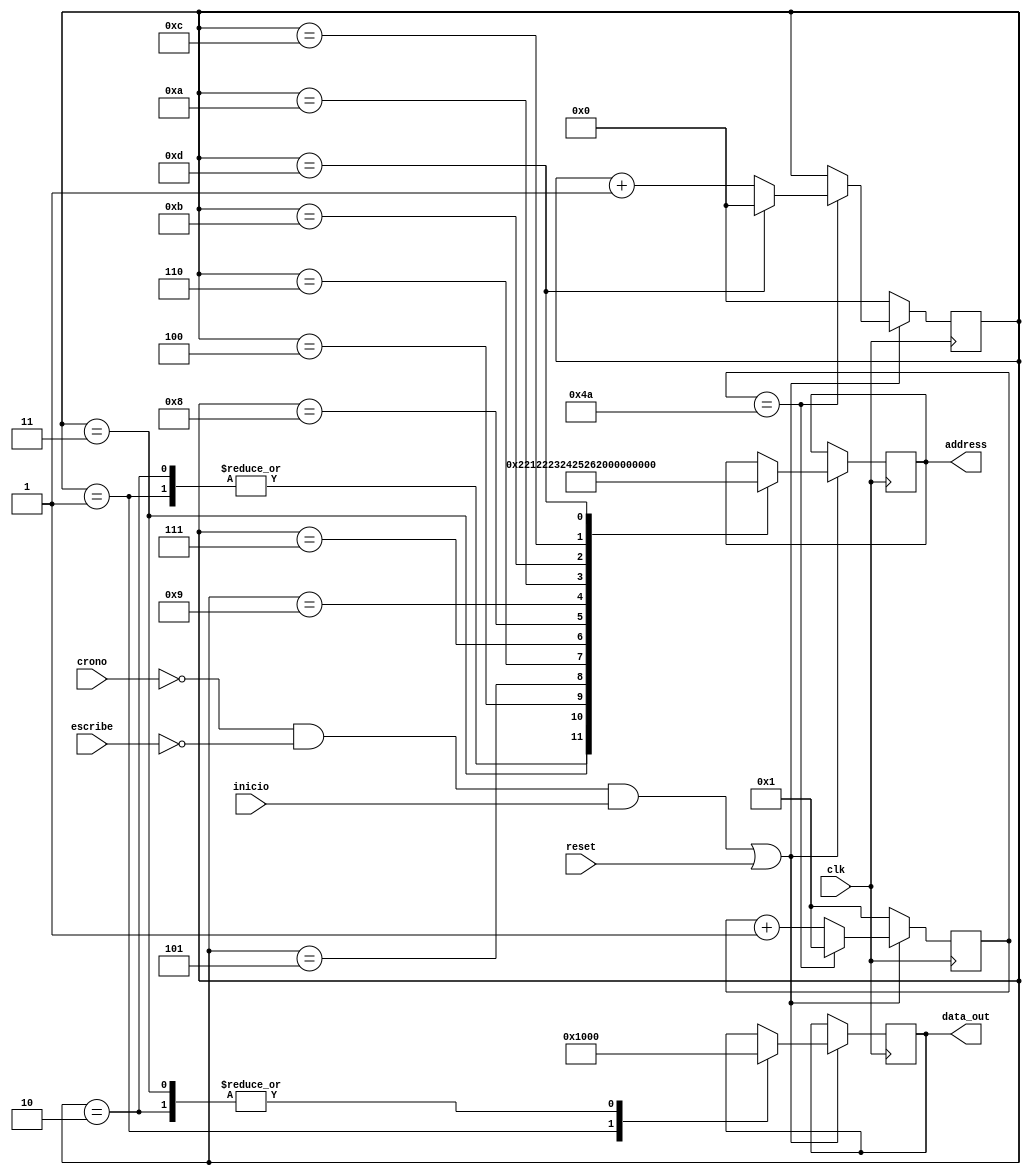
`timescale 1ns / 1ps


module inicializacion(
    input wire clk,reset,escribe,crono,inicio,
    output reg[7:0] data_out,
    output reg [7:0] address
    );
localparam [11:0] limit = 12'h04a; //tiempo en el que la direccin se mantiene
reg [11:0] contador=1;
reg [4:0] c_dir=0;


always @(posedge clk)
begin
    if((!crono && !escribe && inicio)|reset)begin
    contador<=contador + 1'b1;
      if(contador==limit)
      begin
      contador<=1;
      c_dir<=c_dir +1'b1;
        if(c_dir==4'hd)begin
        c_dir<=0;
      end
      end
    end
    else begin
        contador<=1;
        c_dir<=0;end
    end


always @(posedge clk)begin
  if((!crono && !escribe && inicio)|reset)begin
    case(c_dir)
        4'h1:
            begin
            address<=8'h02;
            data_out<=8'h10;//Inicializa mquina
            end
         4'h2:
            begin
            address<=8'h02;
            data_out<=8'h00;//Inicializa la mquina
            end
         4'h3:
            begin
            address<=8'h21;
            data_out<=8'h00;//pone en ceros los segundos
            end
         4'h4:
            begin
            address<=8'h22;
            end
         4'h5:
            begin
            address<=8'h23;
            end
         4'h6:
            begin
            address<=8'h24;
            end
         4'h7:
            begin
            address<=8'h25;
            end
         4'h8:
            begin
            address<=8'h26;
            end
         4'h9:
            begin
            address<=8'h27;
            end
         4'ha:
            begin
            address<=8'h28;
            end
         4'hb:
            begin
            address<=8'h41;
            end
         4'hc:
            begin
            address<=8'h42;
            end
         4'hd:
            begin
            address<=8'h43;
            end

    endcase
    end
    else
    address<=address;
    end

endmodule